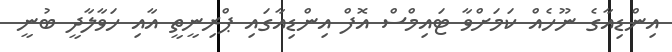
އިންޑިއާގެ ނޫހެއް ކަމަށްވާ ޓައިމްސް އޮފް އިންޑިއާގައި ޕްރިނީތީ އާއި ހަވާލާދީ ބުނީ